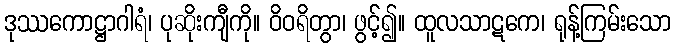
ဒုဿကောဋ္ဌာဂါရံ၊ ပုဆိုးကျီကို။ ဝိဝရိတွာ၊ ဖွင့်၍။ ထူလသာဋကေ၊ ရုန့်ကြမ်းသော